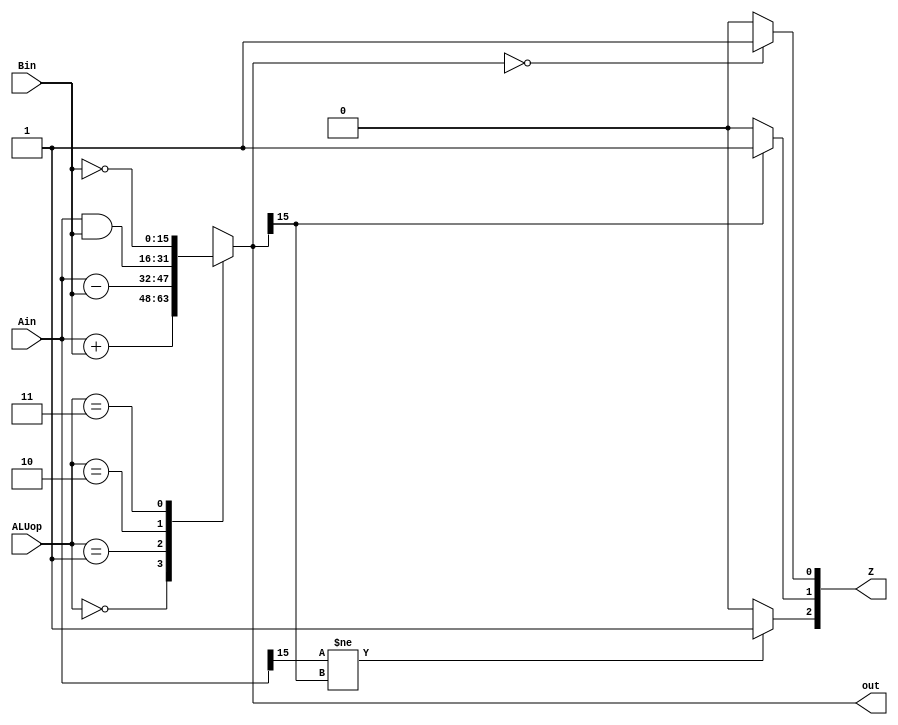
module ALU(Ain,Bin,ALUop,out,Z);
	input [15:0] Ain, Bin;
	input [1:0] ALUop;
	output [15:0] out;
	output [2:0] Z;

	reg [15:0] out;
	reg [2:0] Z = 1'b0;

	always @(*) begin
		case(ALUop)
			0: out = Ain + Bin;
			1: out = Ain - Bin;
			2: out = Ain & Bin;
			3: out = ~Bin;
		endcase

		if(out == 16'b0)
			Z[0] = 1'b1;
		else
			Z[0] = 1'b0;

		if(out[15] == 1)
			Z[1] = 1'b1;
		else
			Z[1] = 1'b0;
		if(Ain[15] == Ain[15] && Ain[15] != out[15])
			Z[2] = 1'b1;
		else
			Z[2] = 1'b0;
	end
endmodule